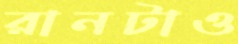
রানটাও